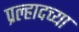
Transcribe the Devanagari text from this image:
प्रल्हादच्या